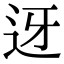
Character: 迓